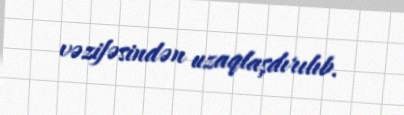
vəzifəsindən uzaqlaşdırılıb.